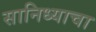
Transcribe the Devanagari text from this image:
सानिध्याचा